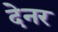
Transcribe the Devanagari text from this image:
देनर